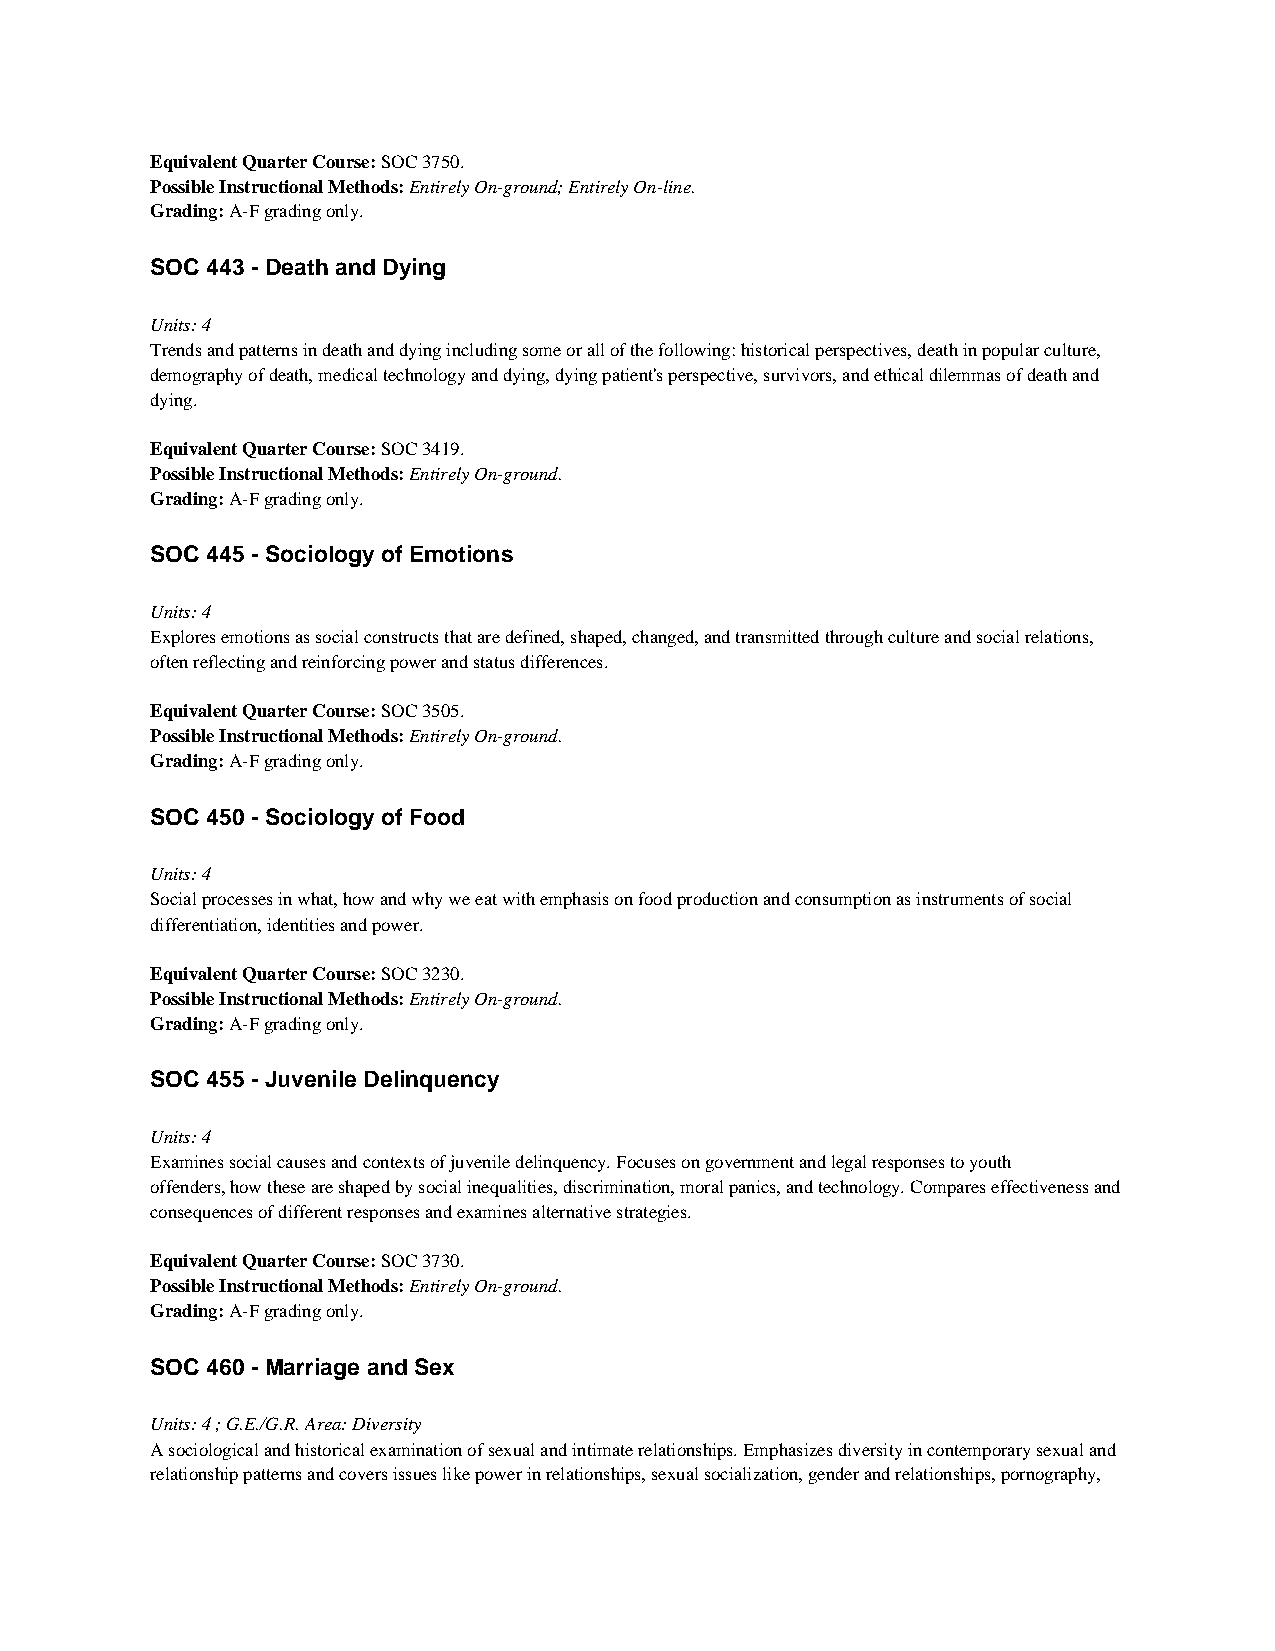
Equivalent Quarter Course: SOC 3750.
 Possible Instructional Methods: Entirely On-ground; Entirely On-line.
 Grading: A-F grading only.
 SOC 443 - Death and Dying
 Units: 4
 Trends and patterns in death and dying including some or all of the following: historical perspectives, death in popular culture,
 demography of death, medical technology and dying, dying patient's perspective, survivors, and ethical dilemmas of death and
 dying.
 Equivalent Quarter Course: SOC 3419.
 Possible Instructional Methods: Entirely On-ground.
 Grading: A-F grading only.
 SOC 445 - Sociology of Emotions
 Units: 4
 Explores emotions as social constructs that are defined, shaped, changed, and transmitted through culture and social relations,
 often reflecting and reinforcing power and status differences.
 Equivalent Quarter Course: SOC 3505.
 Possible Instructional Methods: Entirely On-ground.
 Grading: A-F grading only.
 SOC 450 - Sociology of Food
 Units: 4
 Social processes in what, how and why we eat with emphasis on food production and consumption as instruments of social
 differentiation, identities and power.
 Equivalent Quarter Course: SOC 3230.
 Possible Instructional Methods: Entirely On-ground.
 Grading: A-F grading only.
 SOC 455 - Juvenile Delinquency
 Units: 4
 Examines social causes and contexts of juvenile delinquency. Focuses on government and legal responses to youth
 offenders, how these are shaped by social inequalities, discrimination, moral panics, and technology. Compares effectiveness and
 consequences of different responses and examines alternative strategies.
 Equivalent Quarter Course: SOC 3730.
 Possible Instructional Methods: Entirely On-ground.
 Grading: A-F grading only.
 SOC 460 - Marriage and Sex
 Units: 4 ; G.E./G.R. Area: Diversity
 A sociological and historical examination of sexual and intimate relationships. Emphasizes diversity in contemporary sexual and
 relationship patterns and covers issues like power in relationships, sexual socialization, gender and relationships, pornography,